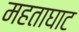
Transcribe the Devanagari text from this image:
महताघाट